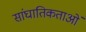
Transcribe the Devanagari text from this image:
सांघातिकताओं